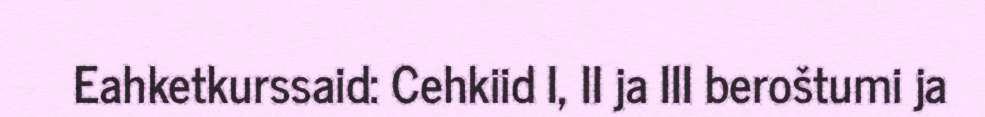
Eahketkurssaid: Cehkiid I, II ja III beroštumi ja